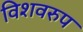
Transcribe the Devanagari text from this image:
विशवरुप